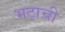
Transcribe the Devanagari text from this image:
भटाची